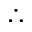
\therefore